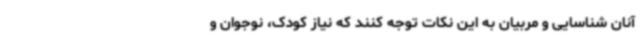
آنان شناسایی و مربیان به این نکات توجه کنند که نیاز کودک، نوجوان و